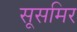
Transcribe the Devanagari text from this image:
सूसमिर